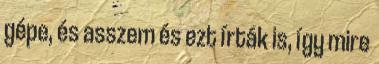
gépe, és asszem és ezt írták is, így mire